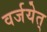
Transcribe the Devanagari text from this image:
वर्जयेत्